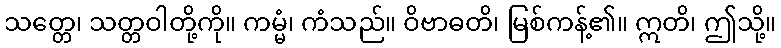
သတ္တေ၊ သတ္တဝါတို့ကို။ ကမ္မံ၊ ကံသည်။ ဝိဗာဓတိ၊ မြစ်ကန့်၏။ ဣတိ၊ ဤသို့။